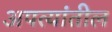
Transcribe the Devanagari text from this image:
अपत्यांतील